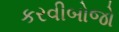
કરવીબોજો